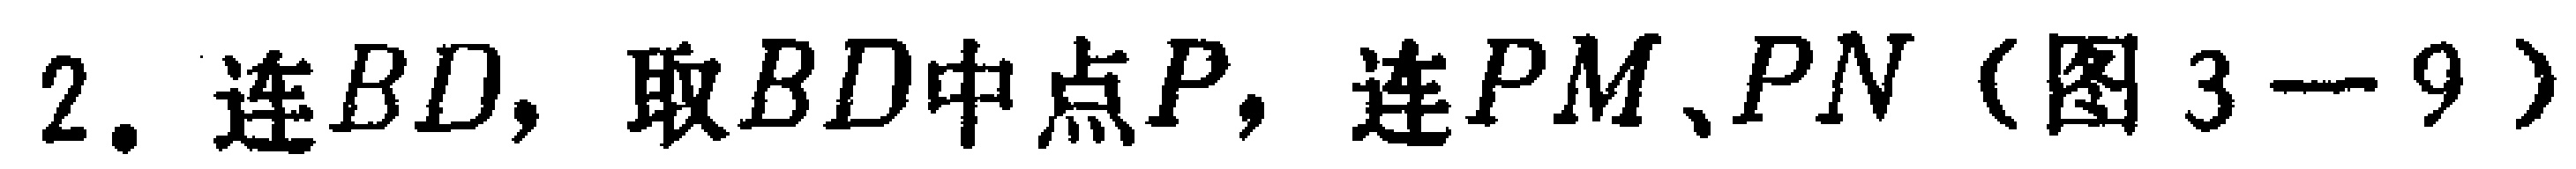
2. 连\(BD\)，取\(BD\)中点\(P\)，连\(PM\)、\(PN\)（图3 - 9）